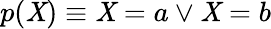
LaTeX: p(\mathit{X})\equiv\mathit{X}=a\lor\mathit{X}=b